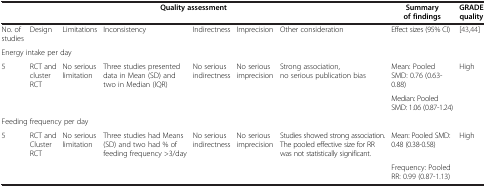
<table><thead><tr><td colspan="7"><b>Quality assessment</b></td><td><b>Summary of findings</b></td><td><b>GRADE quality</b></td></tr></thead><tbody><tr><td>No. of studies</td><td>Design</td><td>Limitations</td><td>Inconsistency</td><td>Indirectness</td><td>Imprecision</td><td>Other consideration</td><td>Effect sizes (95% CI)</td><td>[43,44]</td></tr><tr><td colspan="9">Energy intake per day</td></tr><tr><td>5</td><td>RCT and cluster RCT</td><td>No serious limitation</td><td>Three studies presented data in Mean (SD) and two in Median (IQR)</td><td>No serious indirectness</td><td>No serious imprecision</td><td>Strong association, no serious publication bias</td><td>Mean: Pooled SMD: 0.76 (0.63-0.88)</td><td>High</td></tr><tr><td> </td><td> </td><td> </td><td> </td><td> </td><td> </td><td> </td><td>Median: Pooled SMD: 1.06 (0.87-1.24)</td><td> </td></tr><tr><td colspan="9">Feeding frequency per day</td></tr><tr><td>5</td><td>RCT and Cluster RCT</td><td>No serious limitation</td><td>Three studies had Means (SD) and two had % of feeding frequency &gt;3/day</td><td>No serious indirectness</td><td>No serious imprecision</td><td>Studies showed strong association. The pooled effective size for RR was not statistically significant.</td><td>Mean: Pooled SMD: 0.48 (0.38-0.58)</td><td>High</td></tr><tr><td> </td><td> </td><td> </td><td> </td><td> </td><td> </td><td> </td><td>Frequency: Pooled RR: 0.99 (0.87-1.13)</td><td> </td></tr></tbody></table>